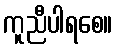
ကူညီပါရစေ။